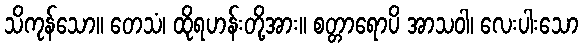
သိကုန်သော။ တေသံ၊ ထိုရဟန်းတို့အား။ စတ္တာရောပိ အာသဝါ၊ လေးပါးသော